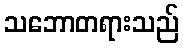
သဘောတရားသည်